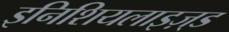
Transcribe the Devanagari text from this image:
इनिशियलाइज़्ड